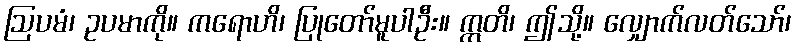
ဩပမံ၊ ဥပမာကို။ ကရောဟိ၊ ပြုတော်မူပါဦး။ ဣတိ၊ ဤသို့။ လျှောက်လတ်သော်၊